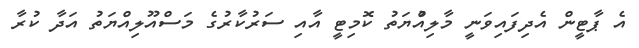
އެ ޕާޓީން އެދިފައިވަނީ މާލިއްުޔަތު ކޮމިޓީ އާއި ސަރުކާރުގެ މަސްއޫލިއްޔަތު އަދާ ކުރާ